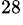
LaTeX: ^{28}